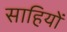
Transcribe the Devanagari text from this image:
साहियों